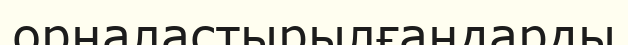
орналастырылғандарды